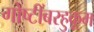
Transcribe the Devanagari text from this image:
गोष्टींबरहुकूम